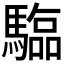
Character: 𮪗